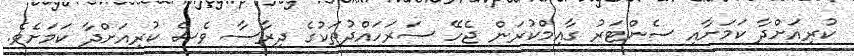
ކުރިއަށްދާ ކަމަށާއި ސެންޓަރު ގާއިމްކުރަން ޖެހޭ ސަރަހައްދުތަކުގެ ދިރާސާ ވެސް ކުރިއަށްދާ ކަމަށެވެ.